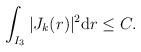
LaTeX: \begin{align*}\int_{I_3}|J_{k}(r)|^2\mathrm{d}r\leq C.\end{align*}